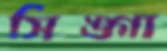
সিঙ্গা